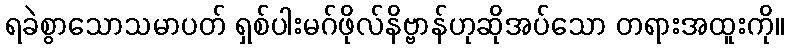
ရခဲစွာသောသမာပတ် ရှစ်ပါးမဂ်ဖိုလ်နိဗ္ဗာန်ဟုဆိုအပ်သော တရားအထူးကို။